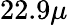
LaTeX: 22.9\mu